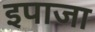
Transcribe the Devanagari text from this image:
इपाजा